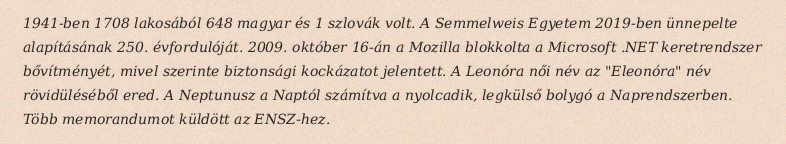
1941-ben 1708 lakosából 648 magyar és 1 szlovák volt. A Semmelweis Egyetem 2019-ben ünnepelte alapításának 250. évfordulóját. 2009. október 16-án a Mozilla blokkolta a Microsoft .NET keretrendszer bővítményét, mivel szerinte biztonsági kockázatot jelentett. A Leonóra női név az "Eleonóra" név rövidüléséből ered. A Neptunusz a Naptól számítva a nyolcadik, legkülső bolygó a Naprendszerben. Több memorandumot küldött az ENSZ-hez.